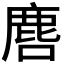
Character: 𮭲